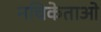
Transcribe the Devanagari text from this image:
नचिकेताओ